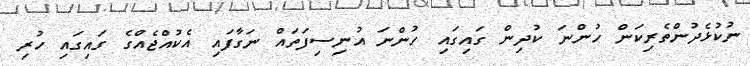
ނުކުޅެދުންތެރިކަން ހުންނަ ކުދިން ގައިގައި ހުންނަ އުނިސިފަތައް ނަގާފައި އެކުއްޖެއްގެ ގައިގައި ހުރި